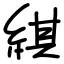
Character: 綨